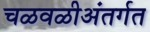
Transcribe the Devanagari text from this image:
चळवळीअंतर्गत